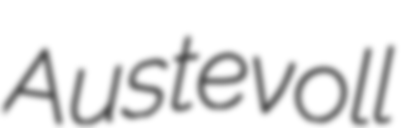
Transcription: Austevoll